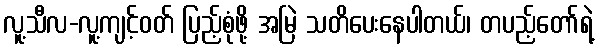
လူ့သီလ-လူ့ကျင့်ဝတ် ပြည့်စုံဖို့ အမြဲ သတိပေးနေပါတယ်၊ တပည့်တော်ရဲ့